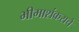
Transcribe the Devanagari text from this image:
भीमाशंकराचे